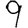
Digit: 9